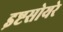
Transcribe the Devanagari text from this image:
इष्टसोयरे